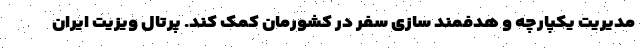
مدیریت یکپارچه و هدفمند سازی سفر در کشورمان کمک کند. پرتال ویزیت ایران